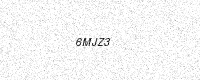
Text: 6MJZ3